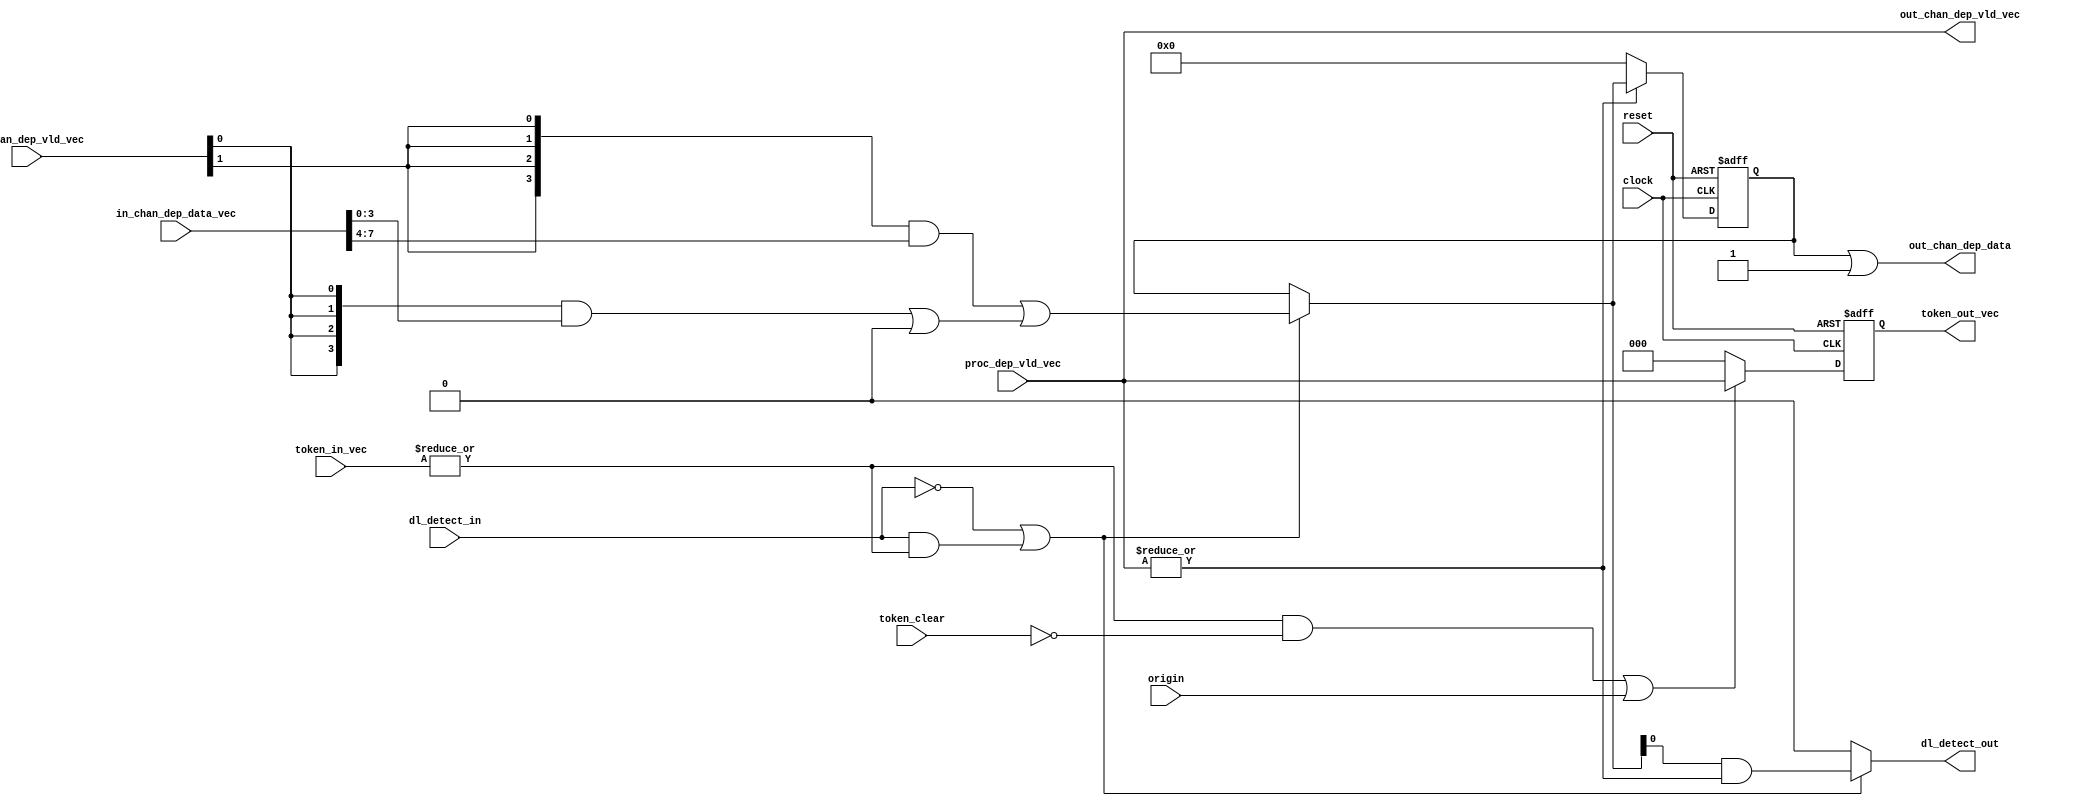
// Copyright (C) 2022, Advanced Micro Devices, Inc. All rights reserved.
// SPDX-License-Identifier: MIT
`timescale 1 ns / 1 ps

module pp_pipeline_accel_hls_deadlock_detect_unit #( 
    parameter PROC_NUM = 4, 
    parameter PROC_ID = 0, 
    parameter IN_CHAN_NUM = 2, 
    parameter OUT_CHAN_NUM = 3) (
    input reset,
    input clock,
    input [OUT_CHAN_NUM - 1:0] proc_dep_vld_vec,
    input [IN_CHAN_NUM - 1:0] in_chan_dep_vld_vec,
    input [IN_CHAN_NUM * PROC_NUM - 1:0] in_chan_dep_data_vec,
    input [IN_CHAN_NUM - 1:0] token_in_vec,
    input dl_detect_in,
    input origin,
    input token_clear,
    output [OUT_CHAN_NUM - 1:0] out_chan_dep_vld_vec,
    output [PROC_NUM - 1:0] out_chan_dep_data,
    output reg [OUT_CHAN_NUM - 1:0] token_out_vec ,
    output reg dl_detect_out);
    
    reg [PROC_NUM - 1:0] dep;
    reg [PROC_NUM - 1:0] dep_reg;
    wire [(IN_CHAN_NUM + 1) * PROC_NUM - 1:0] dep_comb;

    assign dep_comb[PROC_NUM - 1:0] = {PROC_NUM{1'b0}};

    genvar i;
    generate
        for (i = 0; i < IN_CHAN_NUM; i = i + 1) begin:B1
            assign dep_comb[(i + 1) * PROC_NUM +: PROC_NUM] = {PROC_NUM{in_chan_dep_vld_vec[i]}} & in_chan_dep_data_vec[i * PROC_NUM +: PROC_NUM] | dep_comb[i * PROC_NUM +: PROC_NUM];
        end
    endgenerate

    always @ (dep_comb or dep_reg or dl_detect_in or token_in_vec) begin
        if (~dl_detect_in | (dl_detect_in & |(token_in_vec))) begin
            dep = dep_comb[IN_CHAN_NUM * PROC_NUM +: PROC_NUM];
        end
        else begin
            dep = dep_reg;
        end
    end

    always @ (negedge reset or posedge clock) begin
        if (~reset) begin
            dep_reg <= 'b0;
        end
        else begin
            if (|proc_dep_vld_vec) begin
                dep_reg <= dep;
            end
            else begin
                dep_reg <= 'b0;
            end
        end
    end
    
    // Output dependence channel update logic
    assign out_chan_dep_vld_vec = proc_dep_vld_vec;
    assign out_chan_dep_data = dep_reg | ('b1 << PROC_ID);

    // Deadlock detection logic
    always @ (dep or dl_detect_in or token_in_vec or proc_dep_vld_vec) begin
        // Deadlock issue when no deadlock detected or under report token control
        if (~dl_detect_in | (dl_detect_in & |(token_in_vec))) begin
            dl_detect_out = dep[PROC_ID] & (|proc_dep_vld_vec);
        end
        else begin
            dl_detect_out = 'b0;
        end
    end

    // Token generation logic
    always @ (negedge reset or posedge clock) begin
        if (~reset) begin
            token_out_vec <= 'b0;
        end
        else begin
            //token_clear happen in the same cycle as dl_detect_out
            if ((|token_in_vec & ~token_clear) | origin) begin 
                token_out_vec <= proc_dep_vld_vec;
            end
            else begin
                token_out_vec <= 'b0;
            end
        end
    end
    
endmodule